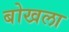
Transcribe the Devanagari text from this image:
बोखला